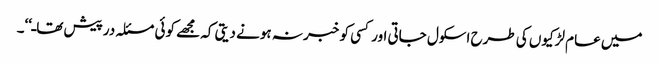
میں عام لڑکیوں کی طرح اسکول جاتی اور کسی کو خبر نہ ہونے دیتی کہ مجھے کوئی مسئلہ درپیش تھاـ‘‘۔